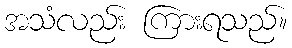
အသံလည်း ကြားရသည်။